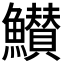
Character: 𮬖